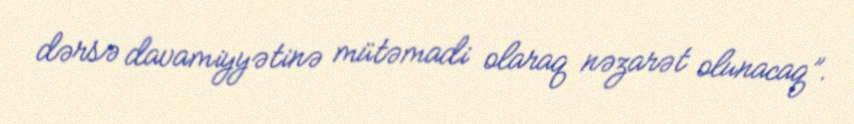
dərsə davamiyyətinə mütəmadi olaraq nəzarət olunacaq”.